Annual report of the Madras Medical College
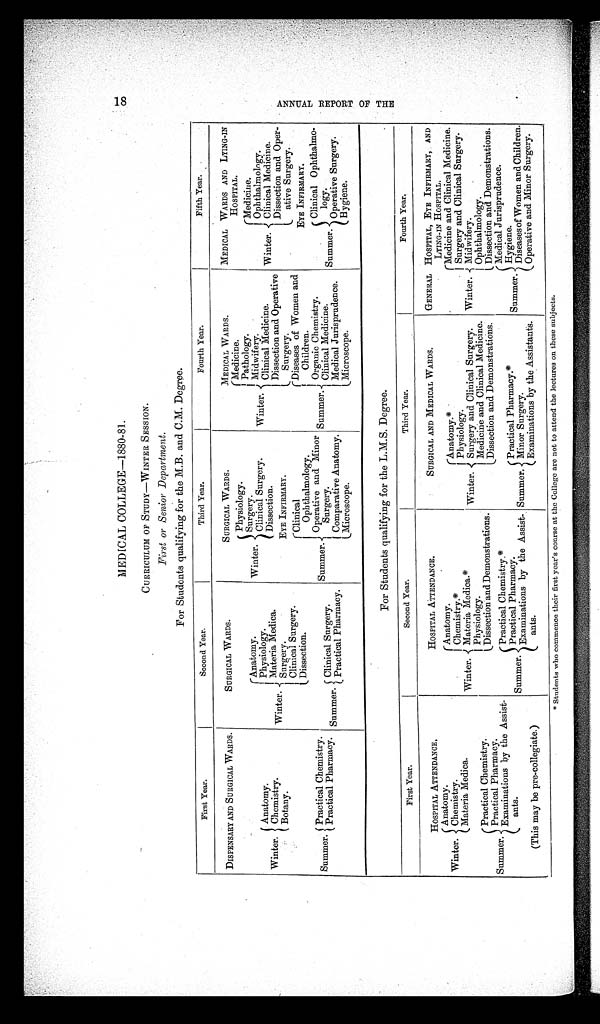
MEDICAL COLLEGE—1880-81.
CURRICULUM OF STUDY—WINTER SESSION.
First or Senior Department.
For Students qualifying for the M.B. and C.M. Degree.
First Year.
Second Year.
Third Year.
Fourth Year.
Fifth Year.
DISPENSARY AND SURGICAL WARDS.
SURGICAL WARDS.
SURGICAL WARDS.
MEDICAL WARDS.
MEDICAL WARDS AND LYING-IN
HOSPITAL.
Winter.
Anatomy.
Chemistry.
Botany.
Winter.
Anatomy.
Physiology.
Materia Medica.
Surgery.
Clinical Surgery.
Dissection.
Winter.
Physiology.
Surgery.
Clinical Surgery.
Dissection.
EYE INFIRMARY.
Winter.
Medicine.
P a t h o l o g y .
Midwifery.
Clinical Medicine.
Dissection and Operative
Surgery.
Winter.
Medicine.
Ophthalmology.
Clinical Medicine.
Dissection and Oper-
ative Surgery.
Summer. Practical Chemistry.
Practical Pharmacy.
Summer.
C l i n i c a l
Ophthalmology.
Operative and Minor
Surgery.
Comparative Anatomy.
Microscope.
Summer.
Diseases of Women and
Children.
Organic Chemistry.
Clinical Medicine.
Medical Jurisprudence.
Microscope.
EYE INFIRMARY.
Summer.
Clinical Ophthalmo-
logy.
Operative Surgery.
Hygiene.
Summer. Clinical Surgery.
Practical Pharmacy.
For Students qualifying for the L.M.S. Degree.
First Year.
Second Year.
Third Year.
Fourth Year.
HOSPITAL ATTENDANCE.
HOSPITAL ATTENDANCE.
SURGICAL AND MEDICAL WARDS.
GENERAL HOSPITAL, EYE INFIRMARY, AND
LYING-IN HOSPITAL.
Winter.
Anatomy.
Chemistry.
Materia Medica.
Winter.
Anatomy.
Chemistry.*
Materia Medica.*
Physiology.
Dissection and Demonstrations.
Winter.
Anatomy.*
Physiology.
Surgery and Clinical Surgery.
Medicine and Clinical Medicine.
Dissection and Demonstrations.
Winter.
Medicine and Clinical Medicine.
Surgery and Clinical Surgery.
Midwifery.
Ophthalmology .
Dissection and Demonstrations.
Summer.
Practical Chemistry.
Practical Pharmacy.
Examinations by the Assist-
ants.
Summer.
Practical Chemistry.*
Practical Pharmacy.
Examinations by the Assist-
ants.
Summer.
Practical Pharmacy.
Minor Surgery.
Examinations by the Assistants.
Summer.
Medical Jurisprudence.
Hygiene.
Diseases of Women and Children.
Operative and Minor Surgery.
( This may be pre-collegiate.)
* Students who commence their first year's course at the College are not to attend the lectures on these subjects.